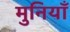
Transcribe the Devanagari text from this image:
मुनियाँ